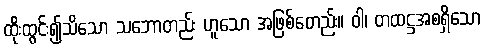
ထိုးထွင်း၍သိသော သဘောတည်း ဟူသော အဖြစ်တေည်း။ ဝါ၊ တထဋ္ဌအစရှိသော